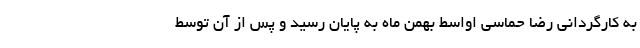
به کارگردانی رضا حماسی اواسط بهمن ماه به پایان رسید و پس از آن توسط